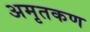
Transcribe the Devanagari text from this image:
अमृतकण